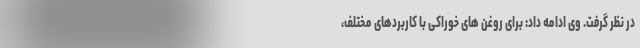
در نظر گرفت. وی ادامه داد: برای روغن های خوراکی با کاربردهای مختلف،